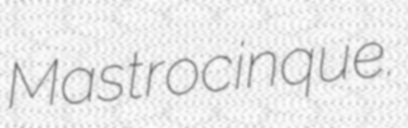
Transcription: Mastrocinque.